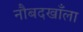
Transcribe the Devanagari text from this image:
नौबदखाँला